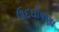
ઉદઘોષણા